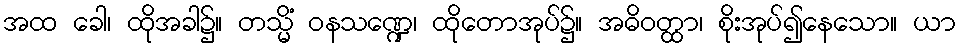
အထ ခေါ၊ ထိုအခါ၌။ တသ္မိံ ဝနသဏ္ဍေ၊ ထိုတောအုပ်၌။ အဓိဝတ္ထာ၊ စိုးအုပ်၍နေသော။ ယာ